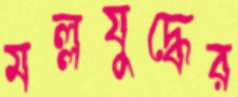
মল্লযুদ্ধের